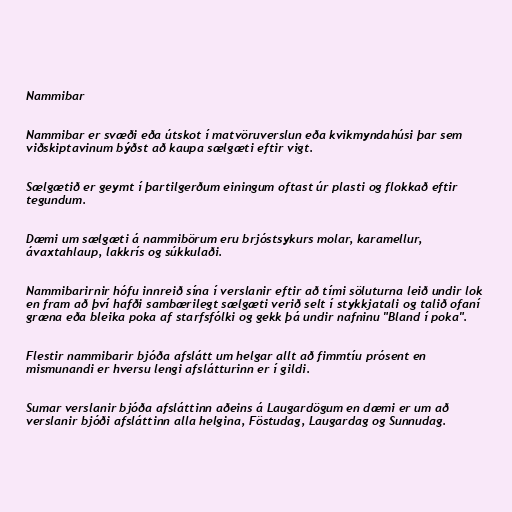
Nammibar

Nammibar er svæði eða útskot í matvöruverslun eða kvikmyndahúsi þar sem
viðskiptavinum býðst að kaupa sælgæti eftir vigt.

Sælgætið er geymt í þartilgerðum einingum oftast úr plasti og flokkað eftir
tegundum.

Dæmi um sælgæti á nammibörum eru brjóstsykurs molar, karamellur,
ávaxtahlaup, lakkrís og súkkulaði.

Nammibarirnir hófu innreið sína í verslanir eftir að tími söluturna leið undir lok
en fram að því hafði sambærilegt sælgæti verið selt í stykkjatali og talið ofaní
græna eða bleika poka af starfsfólki og gekk þá undir nafninu "Bland í poka".

Flestir nammibarir bjóða afslátt um helgar allt að fimmtíu prósent en
mismunandi er hversu lengi afslátturinn er í gildi.

Sumar verslanir bjóða afsláttinn aðeins á Laugardögum en dæmi er um að
verslanir bjóði afsláttinn alla helgina, Föstudag, Laugardag og Sunnudag.